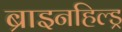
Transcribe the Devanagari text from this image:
ब्राइनहिल्ड्र